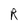
Character: R